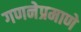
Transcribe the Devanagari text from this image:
गणनेप्रमाणे